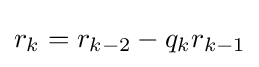
r_{k}=r_{k-2}-q_{k}r_{k-1}